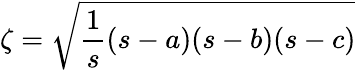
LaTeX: \zeta={\sqrt{{\frac{1}{s}}(s-a)(s-b)(s-c)}}